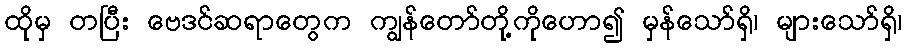
ထိုမှ တပြီး ဗေဒင်ဆရာတွေက ကျွန်တော်တို့ကိုဟော၍ မှန်သော်ရှိ၊ များသော်ရှိ၊